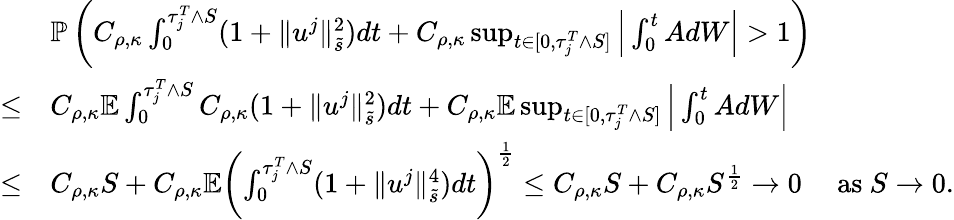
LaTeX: \begin{array}{rl}&{\mathbb P\left(C_{\rho,\kappa}\int_{0}^{\tau_{j}^{T}\wedge S}(1+\| u^{j}\| _{\tilde{s}}^{2})dt+C_{\rho,\kappa}\operatorname*{sup}_{t\in[0,\tau_{j}^{T}\wedge S]}\Big|\int_{0}^{t}AdW\Big|>1\right)}\\ {\leq}&{C_{\rho,\kappa}\mathbb E\int_{0}^{\tau_{j}^{T}\wedge S}C_{\rho,\kappa}(1+\| u^{j}\| _{\tilde{s}}^{2})dt+C_{\rho,\kappa}\mathbb E\operatorname*{sup}_{t\in[0,\tau_{j}^{T}\wedge S]}\Big|\int_{0}^{t}AdW\Big|}\\ {\leq}&{C_{\rho,\kappa}S+C_{\rho,\kappa}\mathbb E\left(\int_{0}^{\tau_{j}^{T}\wedge S}(1+\| u^{j}\| _{\tilde{s}}^{4})dt\right)^{\frac 12}\leq C_{\rho,\kappa}S+C_{\rho,\kappa}S^{\frac 12}\to 0\quad\mathrm{~as~}S\to 0.}\end{array}